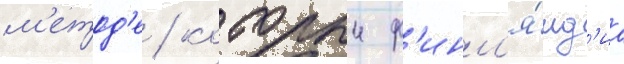
м'етод'е / которыи ф'инл'я́нд'иа